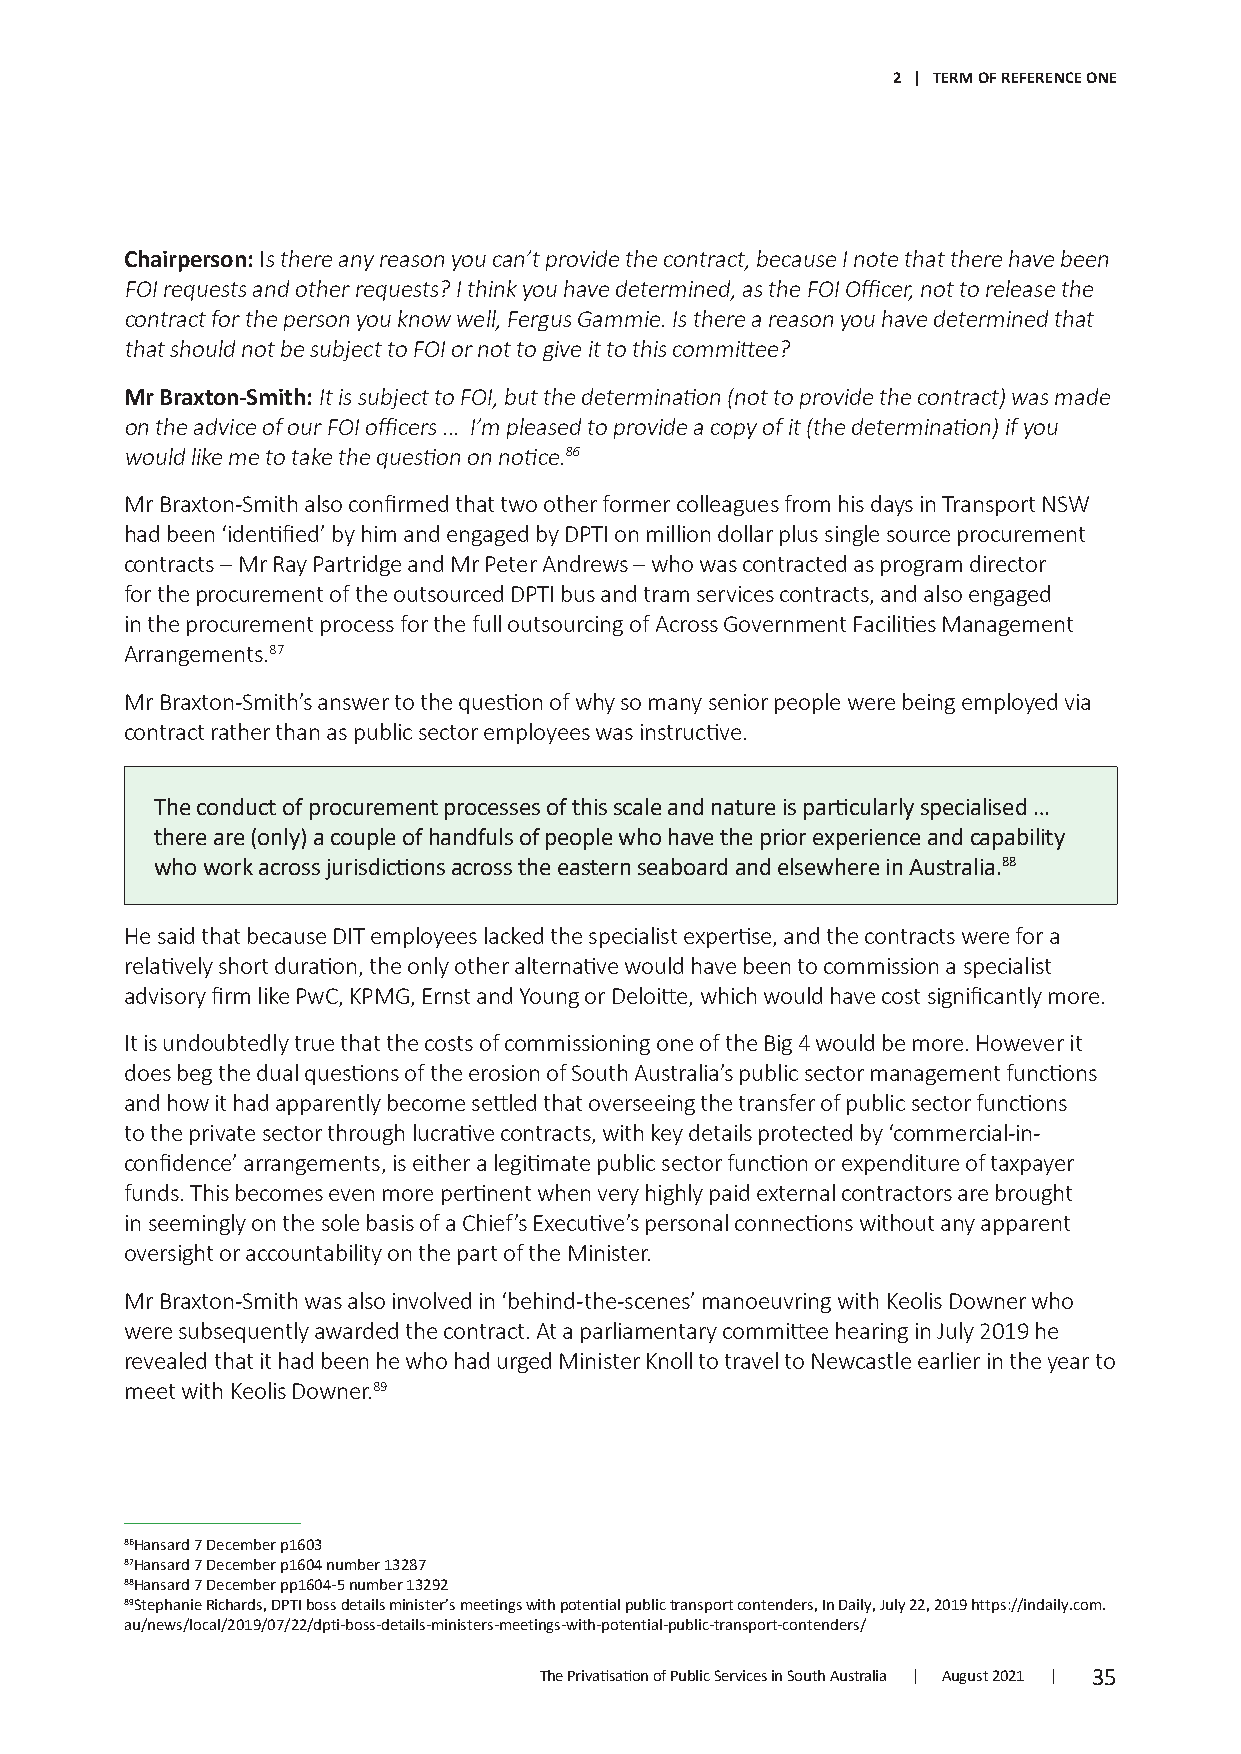
2 | TERM OF REFERENCE ONE
 Chairperson: Is there any reason you can’t provide the contract, because I note that there have been
 FOI requests and other requests? I think you have determined, as the FOI Officer, not to release the
 contract for the person you know well, Fergus Gammie. Is there a reason you have determined that
 that should not be subject to FOI or not to give it to this committee?
 Mr Braxton-Smith: It is subject to FOI, but the determination (not to provide the contract) was made
 on the advice of our FOI officers … I’m pleased to provide a copy of it (the determination) if you
 would like me to take the question on notice.86
 Mr Braxton-Smith also confirmed that two other former colleagues from his days in Transport NSW
 had been ‘identified’ by him and engaged by DPTI on million dollar plus single source procurement
 contracts – Mr Ray Partridge and Mr Peter Andrews – who was contracted as program director
 for the procurement of the outsourced DPTI bus and tram services contracts, and also engaged
 in the procurement process for the full outsourcing of Across Government Facilities Management
 Arrangements.87
 Mr Braxton-Smith’s answer to the question of why so many senior people were being employed via
 contract rather than as public sector employees was instructive.
 The conduct of procurement processes of this scale and nature is particularly specialised …
 there are (only) a couple of handfuls of people who have the prior experience and capability
 who work across jurisdictions across the eastern seaboard and elsewhere in Australia.88
 He said that because DIT employees lacked the specialist expertise, and the contracts were for a
 relatively short duration, the only other alternative would have been to commission a specialist
 advisory firm like PwC, KPMG, Ernst and Young or Deloitte, which would have cost significantly more.
 It is undoubtedly true that the costs of commissioning one of the Big 4 would be more. However it
 does beg the dual questions of the erosion of South Australia’s public sector management functions
 and how it had apparently become settled that overseeing the transfer of public sector functions
 to the private sector through lucrative contracts, with key details protected by ‘commercial-in-
 confidence’ arrangements, is either a legitimate public sector function or expenditure of taxpayer
 funds. This becomes even more pertinent when very highly paid external contractors are brought
 in seemingly on the sole basis of a Chief’s Executive’s personal connections without any apparent
 oversight or accountability on the part of the Minister.
 Mr Braxton-Smith was also involved in ‘behind-the-scenes’ manoeuvring with Keolis Downer who
 were subsequently awarded the contract. At a parliamentary committee hearing in July 2019 he
 revealed that it had been he who had urged Minister Knoll to travel to Newcastle earlier in the year to
 meet with Keolis Downer.89
 86Hansard 7 December p1603
 87Hansard 7 December p1604 number 13287
 88Hansard 7 December pp1604-5 number 13292
 89Stephanie Richards, DPTI boss details minister’s meetings with potential public transport contenders, In Daily, July 22, 2019 https://indaily.com.
 au/news/local/2019/07/22/dpti-boss-details-ministers-meetings-with-potential-public-transport-contenders/
 The Privatisation of Public Services in South Australia | August 2021 | 35